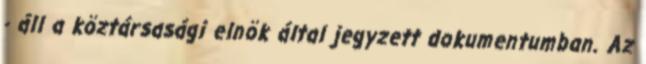
- áll a köztársasági elnök által jegyzett dokumentumban. Az